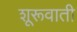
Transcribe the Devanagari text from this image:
शूरूवाती